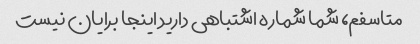
متاسفم، شما شماره اشتباهی دارید اینجا برایان نیست